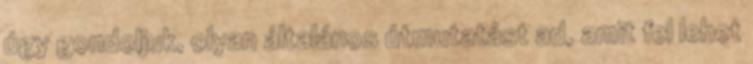
úgy gondoljuk, olyan általános útmutatást ad, amit fel lehet